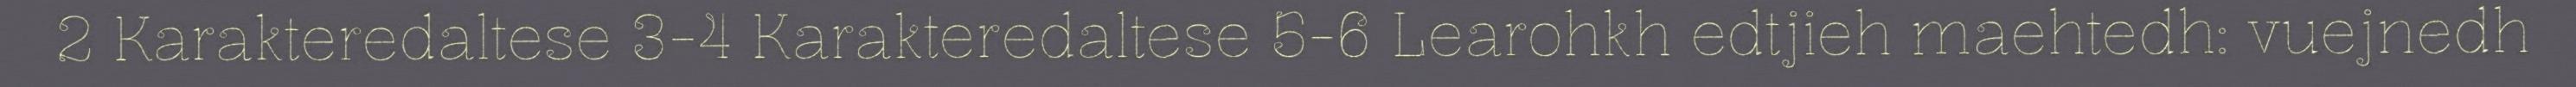
2 Karakteredaltese 3-4 Karakteredaltese 5-6 Learohkh edtjieh maehtedh: vuejnedh